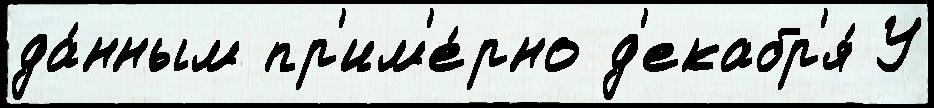
да́нным пр'им'е́рно д'екабр'я́ У